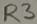
Text: R3